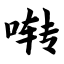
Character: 啭